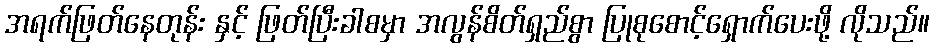
အရက်ဖြတ်နေတုန်း နှင့် ဖြတ်ပြီးခါစမှာ အလွန်စိတ်ရှည်စွာ ပြုစုစောင့်ရှောက်ပေးဖို့ လိုသည်။